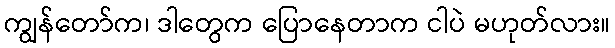
ကျွန်တော်က၊ ဒါတွေက ပြောနေတာက ငါပဲ မဟုတ်လား။